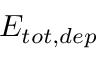
E _ { t o t , d e p }